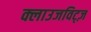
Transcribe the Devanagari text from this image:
क्लाउजविट्ज़